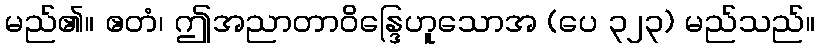
မည်၏။ ဧတံ၊ ဤအညာတာဝိန္ဒြေဟူသောအ (ပေ ၃၂၃) မည်သည်။